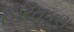
હરિતકણ